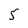
Character: 5